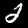
Label: 2